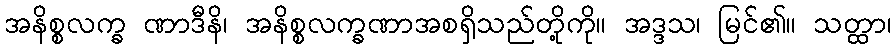
အနိစ္စလက္ခ ဏာဒီနိ၊ အနိစ္စလက္ခဏာအစရှိသည်တို့ကို။ အဒ္ဒသ၊ မြင်၏။ သတ္ထာ၊